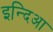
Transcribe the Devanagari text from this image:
इन्दिआ